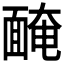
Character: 𩈯